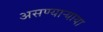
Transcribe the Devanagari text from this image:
असण्यार्‍याया